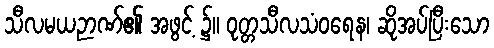
သီလမယဉာဏ်၏ အဖွင့် ၌။ ဝုတ္တသီလသံဝရေန၊ ဆိုအပ်ပြီးသော